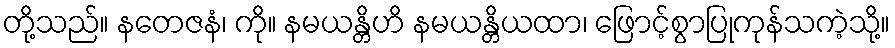
တို့သည်။ နတေဇနံ၊ ကို။ နမယန္တိဟိ နမယန္တိယထာ၊ ဖြောင့်စွာပြုကုန်သကဲ့သို့။